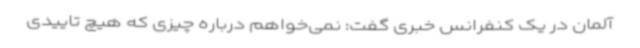
آلمان در یک کنفرانس خبری گفت: نمی‌خواهم درباره چیزی که هیچ تاییدی